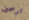
ترسمين